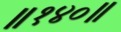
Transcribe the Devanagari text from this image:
॥१४०॥